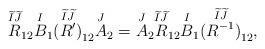
LaTeX: \begin{gather*} \overset{\widetilde{I}\widetilde{J}}{R}_{12}\overset{I}{B}_1\overset{\widetilde{I}\widetilde{J}}{(R')}_{12}\overset{J}{A}_2 = \overset{J}{A}_2\overset{\widetilde{I}\widetilde{J}}{R}_{12}\overset{I}{B}_1\overset{\widetilde{I}\widetilde{J}}{(R^{-1})}_{12}, \end{gather*}